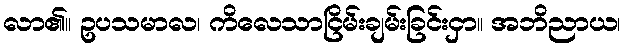
လာ၏။ ဥပသမာလ၊ ကိလေသာငြိမ်းချမ်းခြင်းငှာ။ အဘိညာယ၊